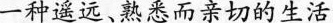
一种遥远、熟悉而亲切的生活